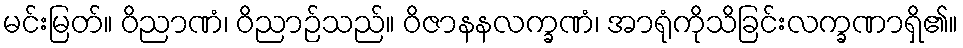
မင်းမြတ်။ ဝိညာဏံ၊ ဝိညာဉ်သည်။ ဝိဇာနနလက္ခဏံ၊ အာရုံကိုသိခြင်းလက္ခဏာရှိ၏။